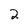
Character: 2